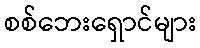
စစ်ဘေးရှောင်များ